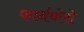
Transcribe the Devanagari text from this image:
फार्नबोरो